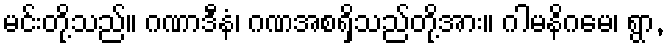
မင်းတို့သည်။ ဂဏာဒီနံ၊ ဂဏအစရှိသည်တို့အား။ ဂါမနိဂမေ၊ ရွာ,